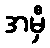
အမှီ